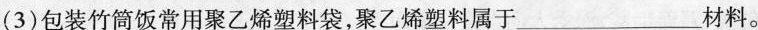
(3)包装竹筒饭常用聚乙烯塑料袋，聚乙烯塑料属于___材料。